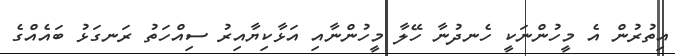
އިތުރުން އެ މީހުންނަކީ ހެނދުނާ ހޭލާ މީހުންނާއި އަޅާކިޔާއިރު ސިއްހަތު ރަނގަޅު ބައެއްގެ